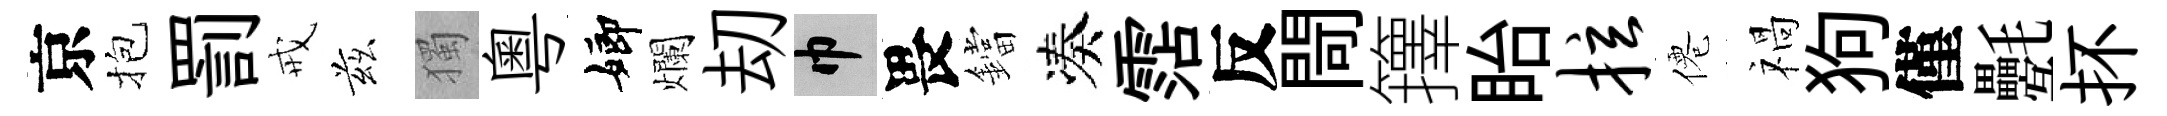
京抱罰戒兹獨粵嫏爛刧巾畏鐺凑霑反閜籜眙拉僊禍狗僅氎抔